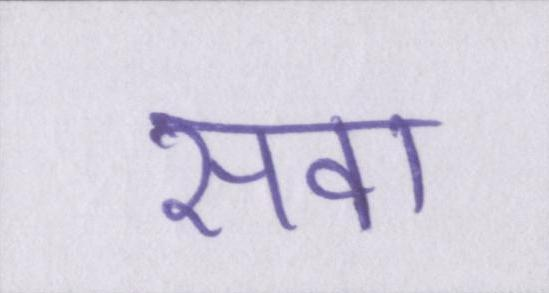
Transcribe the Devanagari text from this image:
सवा